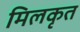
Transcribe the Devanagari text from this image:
मिलकृत